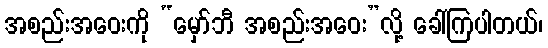
အစည်းအဝေးကို “မှော်ဘီ အစည်းအဝေး”လို့ ခေါ်ကြပါတယ်၊